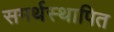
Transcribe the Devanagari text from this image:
समर्थस्थापित